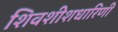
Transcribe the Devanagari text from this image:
शिवशीशधारिणी